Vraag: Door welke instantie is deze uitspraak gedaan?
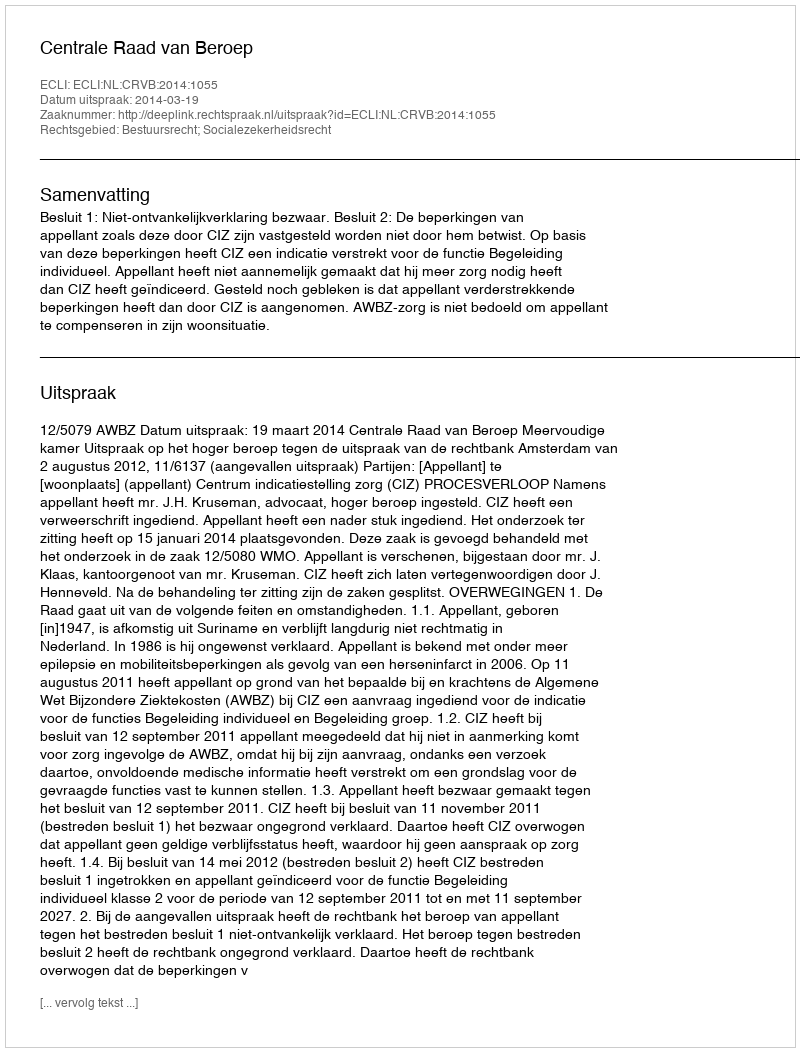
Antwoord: Centrale Raad van Beroep